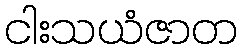
ငါးသယံဇာတ